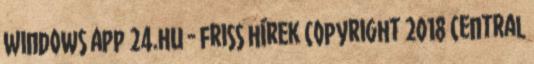
Windows app 24.hu - friss hírek Copyright 2018 Central